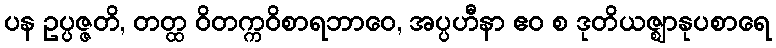
ပန ဥပ္ပဇ္ဇတိ, တတ္ထ ဝိတက္ကဝိစာရဘာဝေ, အပ္ပဟီနာ ဧဝ စ ဒုတိယဇ္ဈာနုပစာရေ